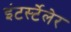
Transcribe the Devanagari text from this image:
इंटर्स्टेलेर